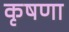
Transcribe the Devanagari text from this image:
कृषणा